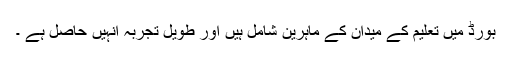
بورڈ میں تعلیم کے میدان کے ماہرین شامل ہیں اور طویل تجربہ انہیں حاصل ہے ۔